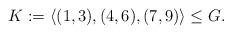
LaTeX: \begin{align*}K := \langle (1,3),(4,6),(7,9) \rangle \leq G.\end{align*}